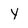
Character: Y